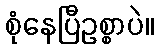
စုံနေပြီဥစ္စာပဲ။